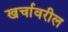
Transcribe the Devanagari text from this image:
खर्चावरील